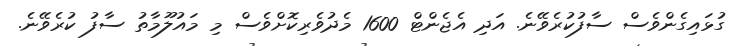
ގުޅައިގެންވެސް ސާފުކުރެވޭނެ. އަދި އެޖެންޓް 1600 މެދުވެރިކޮށްވެސް މި މައުލޫމާތު ސާފު ކުރެވޭނެ.